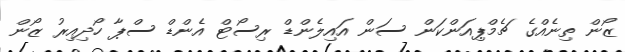
ޒޯން ތިނެއްގެ ޗެމްޕިއަންކަން ސަން އައިލެންޑް ރިސޯޓް އެންޑް ސްޕާ ހޯދިއިރު ޒޯން